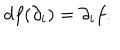
d f ( \partial _ { i } ) = \partial _ { i } f .